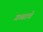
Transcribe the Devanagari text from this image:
गव्याचे